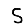
Digit: 5